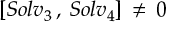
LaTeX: \left[ S o l v _ { 3 } \, , \, S o l v _ { 4 } \right] \, \ne \, 0